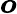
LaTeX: \boldsymbol{o}